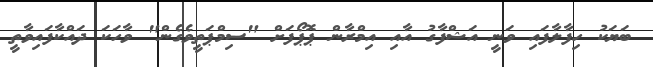
ބަޔަކު ހިފާލާފައި ވަނީ އަޝްފާގު އާއި އިމްރާން ޕޮޕޯފަށް "ސިމްޕަތީވެގެން" ވާހަކަ ދައްކާފައިވާތީ